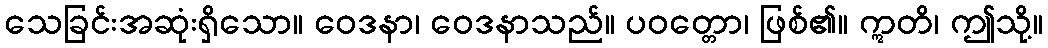
သေခြင်းအဆုံးရှိသော။ ဝေဒနာ၊ ဝေဒနာသည်။ ပဝတ္တော၊ ဖြစ်၏။ ဣတိ၊ ဤသို့။